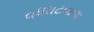
વધઘટવાળા